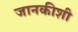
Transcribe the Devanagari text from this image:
जानकीशी